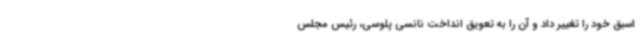
اسبق خود را تغییر داد و آن را به تعویق انداخت نانسی پلوسی، رئیس مجلس